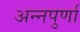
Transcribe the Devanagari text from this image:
अन्‍नपुर्णा